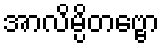
အာလိမ္ပိတဗ္ဗော